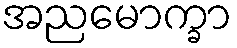
အညမောက္ခာ